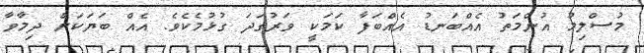
މުސްލިމު އުންމަތު އެއްބަނޑު އެއްބަފާ ކަމަކީ ވަރުގަދަ ގުޅުމެކެވެ. އެއް ބަޔަކަށް ދިމާވާ